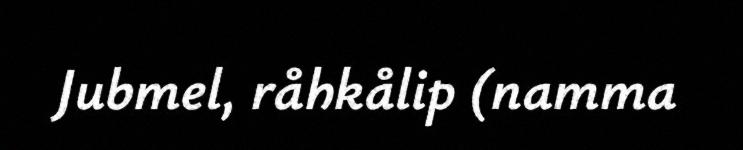
Jubmel, råhkålip (namma